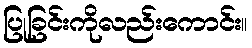
ပြုခြင်းကိုလည်းကောင်း။